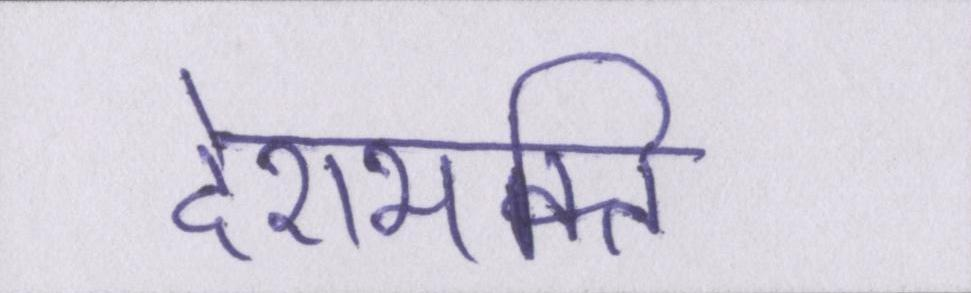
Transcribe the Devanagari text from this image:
देशभक्ति